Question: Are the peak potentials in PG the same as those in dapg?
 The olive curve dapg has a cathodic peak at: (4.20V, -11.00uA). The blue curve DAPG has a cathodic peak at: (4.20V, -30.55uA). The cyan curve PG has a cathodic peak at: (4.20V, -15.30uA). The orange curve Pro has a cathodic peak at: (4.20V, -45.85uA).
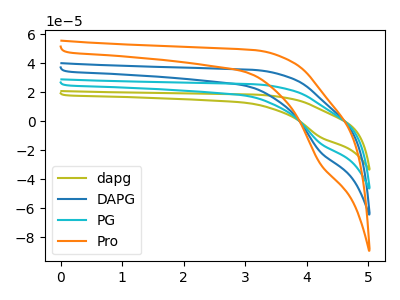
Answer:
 <answer>Yes, "PG" have a peak in "dapg" at the same potential.</answer>
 <eval>match</eval>